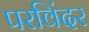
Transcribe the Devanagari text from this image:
परविंदर